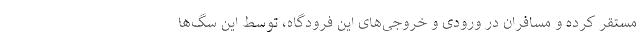
مستقر کرده و مسافران در ورودی و خروجی‌های این فرودگاه، توسط این سگ‌ها